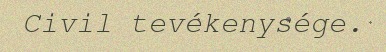
Civil tevékenysége.